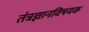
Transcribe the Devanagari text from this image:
तंत्रज्ञानविषयक